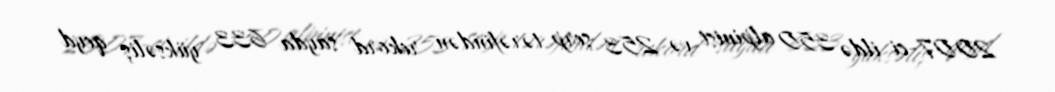
2007-ci ildə 350 alpinist və 253 şerp tərəfindən rekord sayda 633 yüksəliş qeyd